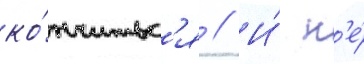
ко́нчитьс'я // И́ н'е́